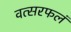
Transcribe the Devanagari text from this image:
वत्सरफलं